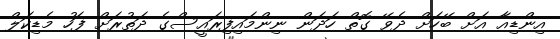
އިންޑިއާ އަށް ބޭހަށް ދެވޭ ގޮތް ހަދަން ނިންމައިފިރައީސްގެ ދަތުރަށް ފަހު މެޑިކަލް